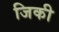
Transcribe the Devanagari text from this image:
जिकी